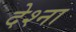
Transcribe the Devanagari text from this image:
देश्ना